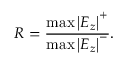
R = \frac { \operatorname* { m a x } \left| E _ { z } \right| ^ { + } } { \operatorname* { m a x } \left| E _ { z } \right| ^ { - } } .